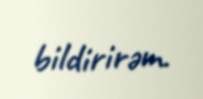
bildirirəm.